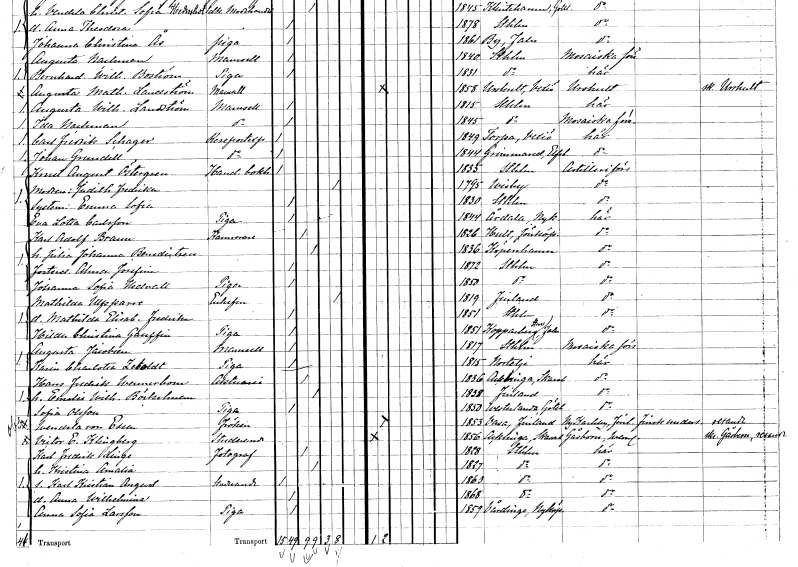
gt_parse: households: individuals: FN: Knut August
EN: Östergren
YRKE: Handelsbokhållare
KON: M
CIV: O
FODAR: 1835
FODFORS: Stockholm
FN: Judith Fredrika
KON: K
CIV: E
FODAR: 1795
FODFORS: Visby Gotlands län
FN: Emma Sofia
KON: K
CIV: O
FODAR: 1830
FODFORS: Stockholm
FN: Eva Lotta
EN: Carlsson
YRKE: Piga
KON: K
CIV: O
FODAR: 1844
FODFORS: Årdala Södermanlands län
FN: Karl Adolf
EN: Braun
YRKE: Kamrerare
KON: M
CIV: G
FODAR: 1826
FODFORS: Hult Jönköpings län
FN: Julia Johanna
EN: Benedictsen
KON: K
CIV: G
FODAR: 1836
FN: Alma Josefina
KON: K
CIV: O
FODAR: 1872
FODFORS: Stockholm
FN: Johanna Sofia
EN: Hedvall
YRKE: Piga
KON: K
CIV: O
FODAR: 1850
FODFORS: Stockholm
FN: Mathilda
EN: Ulfsparre
KON: K
CIV: E
FODAR: 1819
FN: Mathilda Elisabeth Fredrika
KON: K
CIV: O
FODAR: 1851
FODFORS: Stockholm
FN: Hilda Christina
EN: Gauffin
YRKE: Piga
KON: K
CIV: O
FODAR: 1851
FODFORS: Kopparberg Kopparbergs län
FN: Augusta
EN: Jacobsen
KON: K
CIV: O
FODAR: 1817
FODFORS: Stockholm
FN: Karin Charlotta
EN: Zeboldt
YRKE: Piga
KON: K
CIV: O
FODAR: 1815
FODFORS: Norrtälje Stockholms län
FN: Hans Fredrik
EN: Wennerbom
YRKE: Aktuarie
KON: M
CIV: G
FODAR: 1836
FODFORS: Acklinga Skaraborgs län
FN: Emelie Wilhelmina
EN: Böckelman
KON: K
CIV: G
FODAR: 1838
FN: Sofia
EN: Olsson
YRKE: Piga
KON: K
CIV: O
FODAR: 1850
FODFORS: Västerlanda Älvsborgs län
FN: Vendela
EN: von Essen
KON: K
CIV: O
FODAR: 1853
FN: Victor Emanuel
EN: Klingberg
YRKE: Studerande
KON: M
CIV: O
FODAR: 1856
FODFORS: Acklinga Skaraborgs län
FN: Karl Fredrik
EN: Linge
YRKE: Fotograf
KON: M
CIV: G
FODAR: 1828
FODFORS: Stockholm
FN: Kristina Amalia
KON: K
CIV: G
FODAR: 1827
FODFORS: Stockholm
FN: Karl Kristian August
YRKE: Studerande
KON: M
CIV: O
FODAR: 1863
FODFORS: Stockholm
FN: Anna Wilhelmina
KON: K
CIV: O
FODAR: 1868
FODFORS: Stockholm
FN: Anna Sofia
EN: Larsson
YRKE: Piga
KON: K
CIV: O
FODAR: 1859
FODFORS: Vårdinge Stockholms län